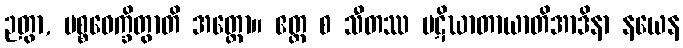
ဉတွာ, ပစ္စဝေက္ခိတွာတိ အတ္ထော။ ဧတ္ထ စ သီတဿ ပဋိဃာတာယာတိအာဒိနာ နယေန